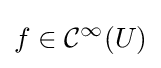
f\in {\mathcal {C}}^{\infty }(U)